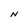
Character: N